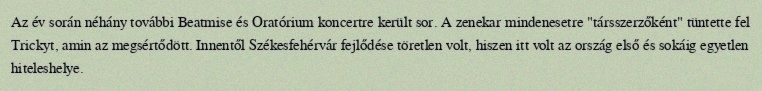
Az év során néhány további Beatmise és Oratórium koncertre került sor. A zenekar mindenesetre "társszerzőként" tüntette fel Trickyt, amin az megsértődött. Innentől Székesfehérvár fejlődése töretlen volt, hiszen itt volt az ország első és sokáig egyetlen hiteleshelye.